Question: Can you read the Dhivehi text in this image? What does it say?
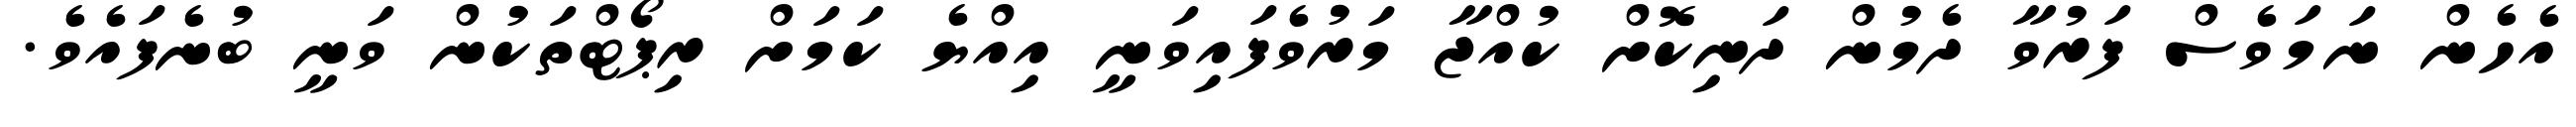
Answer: އެހެން ނަމަވެސް ފަރުވާ ދެމުން ދަނިކޮށް ކުއްޖާ މަރުވެފައިވަނީ އިއްޔެ ކަމަށް ރިޕޯޓްތަކުން ވަނީ ބުނެފައެވެ.